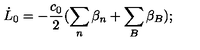
\dot { L } _ { 0 } = - \frac { c _ { 0 } } { 2 } ( \sum _ { n } \beta _ { n } + \sum _ { B } \beta _ { B } ) ;